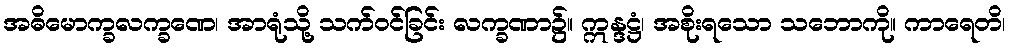
အဓိမောက္ခလက္ခဏေ၊ အာရုံသို့ သက်ဝင်ခြင်း လက္ခဏာ၌။ ဣန္ဒဋ္ဌံ၊ အစိုးရသော သဘောကို။ ကာရေတိ၊